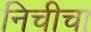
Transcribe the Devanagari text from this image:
निचीचा